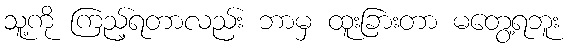
သူ့ကို ကြည့်ရတာလည်း ဘာမှ ထူးခြားတာ မတွေ့ရဘူး